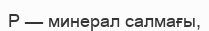
Р — минерал салмағы,